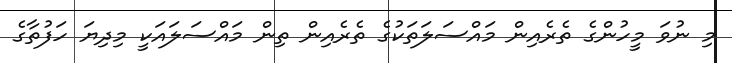
މި ނުވަ މީހުންގެ ތެރެއިން މައްސަލަތަކުގެ ތެރެއިން ތިން މައްސަލައަކީ މިދިޔަ ހަފުތާގެ